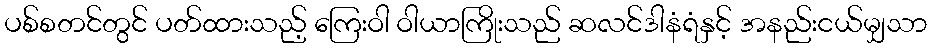
ပစ်စတင်တွင် ပတ်ထားသည့် ကြေးဝါ ဝါယာကြိုးသည် ဆလင်ဒါနံရံနှင့် အနည်းငယ်မျှသာ